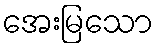
အေးမြသော